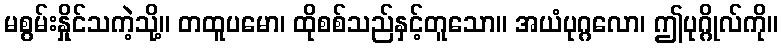
မစွမ်းနှိုင်သကဲ့သို့။ တထူပမော၊ ထိုစစ်သည်နှင့်တူသော။ အယံပုဂ္ဂလော၊ ဤပုဂ္ဂိုလ်ကို။